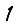
Digit: 1